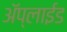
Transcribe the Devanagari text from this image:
ॲप्लाईड